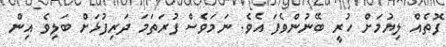
ފޮތެއް ލިޔުމަށް ހުރީ ބޭނުންވެފަ އެވެ. ނަމަވެސް ފުރަތަމަ ދަރިފުޅަށް ބަލިވެ އިން